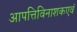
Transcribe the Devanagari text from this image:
आपत्तिविनाशकएवं